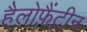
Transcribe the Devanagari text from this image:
हैलोफ़ैंट्रीन